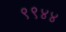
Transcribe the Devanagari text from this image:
९९४४